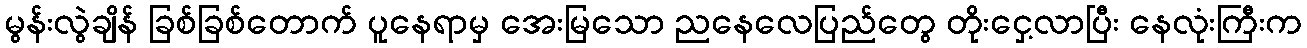
မွန်းလွဲချိန် ခြစ်ခြစ်တောက် ပူနေရာမှ အေးမြသော ညနေလေပြည်တွေ တိုးငှေ့လာပြီး နေလုံးကြီးက